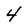
Character: 4